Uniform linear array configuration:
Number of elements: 24
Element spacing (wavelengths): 1
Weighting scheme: kaiser
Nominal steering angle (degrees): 60
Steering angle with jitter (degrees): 59.487
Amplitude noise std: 0.05
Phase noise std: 0.05

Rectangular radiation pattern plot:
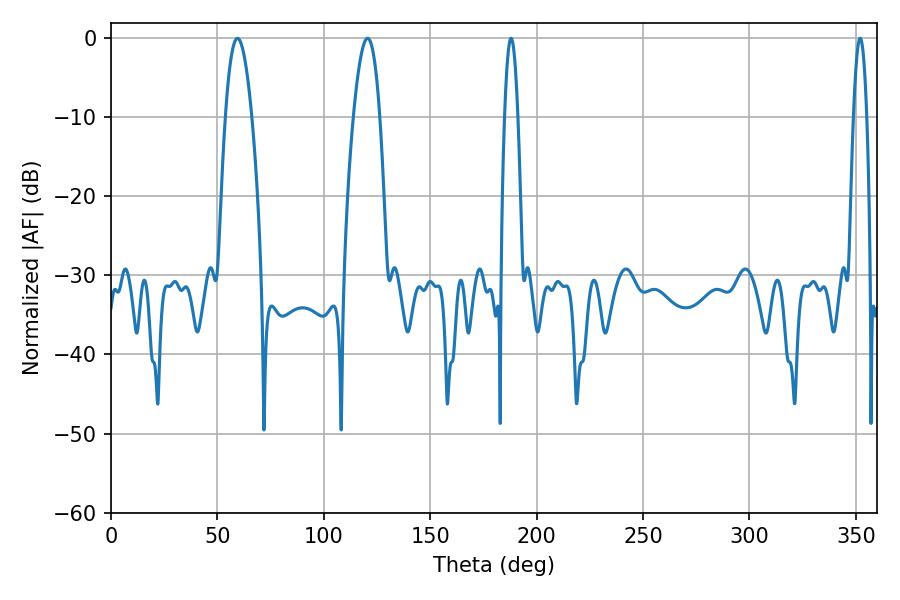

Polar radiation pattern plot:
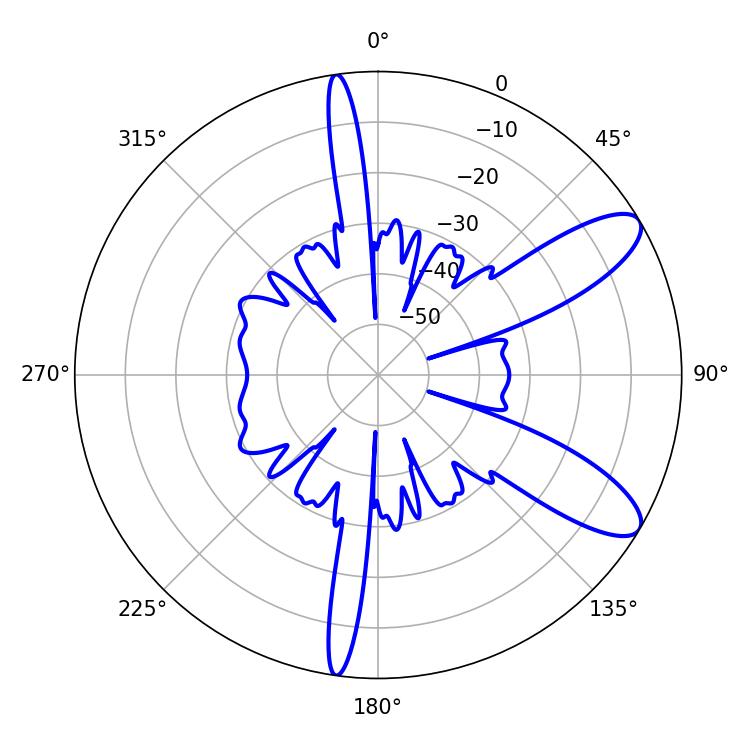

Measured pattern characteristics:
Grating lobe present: TRUE
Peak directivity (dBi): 9.941
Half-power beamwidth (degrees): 6.84
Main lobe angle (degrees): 59.4